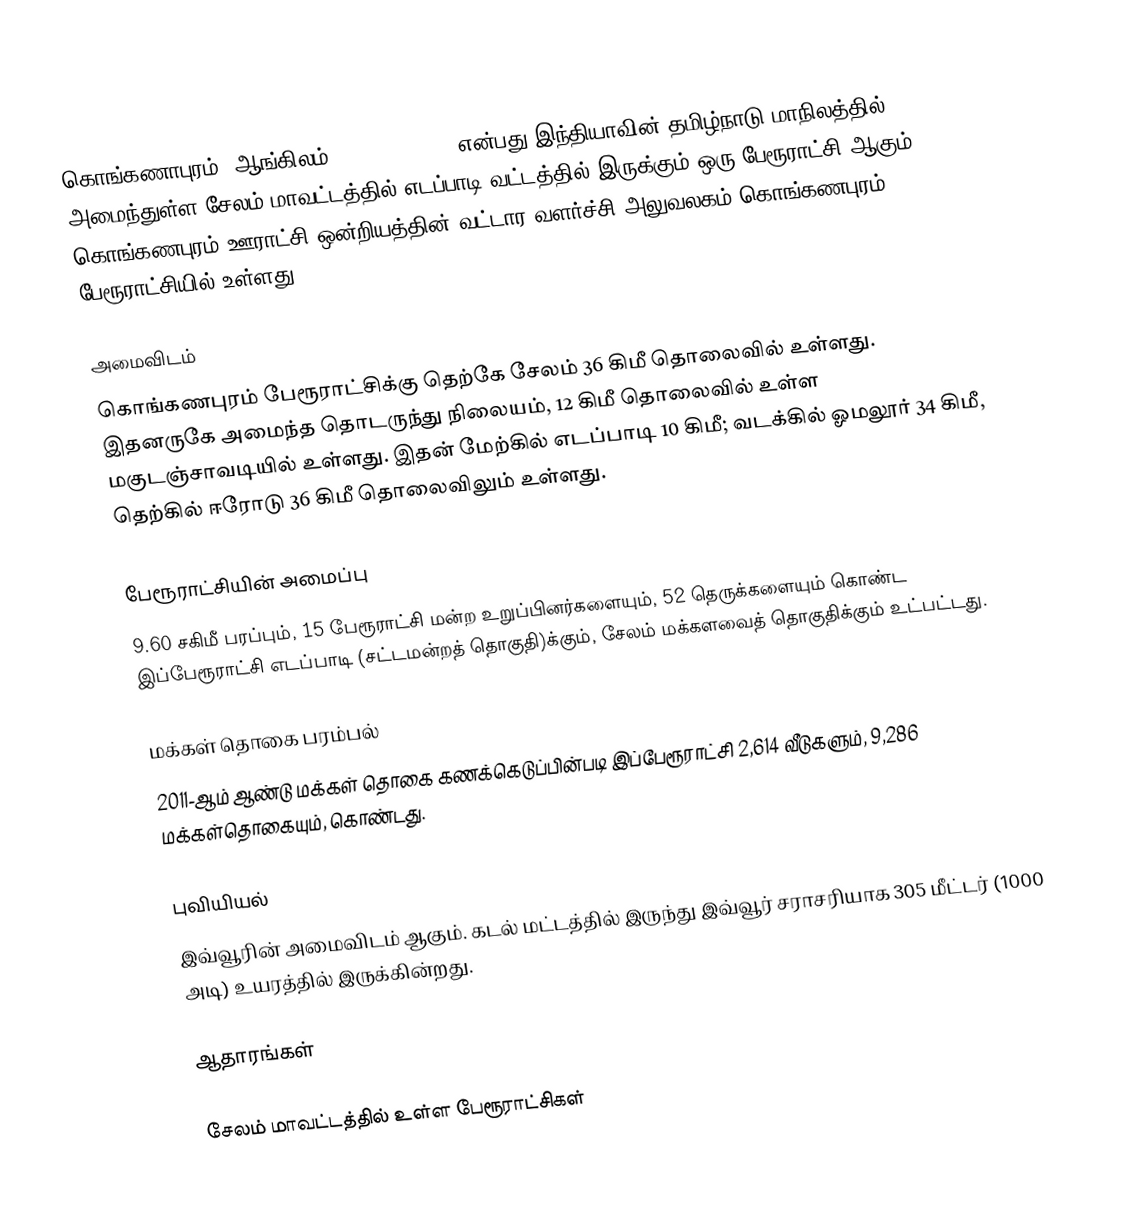
கொங்கணாபுரம்  (ஆங்கிலம்:Konganapuram), என்பது இந்தியாவின் தமிழ்நாடு மாநிலத்தில் அமைந்துள்ள சேலம் மாவட்டத்தில் எடப்பாடி வட்டத்தில் இருக்கும் ஒரு பேரூராட்சி ஆகும். கொங்கணபுரம் ஊராட்சி ஒன்றியத்தின் வட்டார வளர்ச்சி அலுவலகம் கொங்கணபுரம் பேரூராட்சியில் உள்ளது.

அமைவிடம்
கொங்கணபுரம் பேரூராட்சிக்கு தெற்கே சேலம் 36 கிமீ தொலைவில் உள்ளது. இதனருகே அமைந்த தொடருந்து நிலையம், 12 கிமீ தொலைவில் உள்ள  மகுடஞ்சாவடியில் உள்ளது. இதன் மேற்கில் எடப்பாடி 10 கிமீ; வடக்கில் ஓமலூர் 34 கிமீ, தெற்கில் ஈரோடு 36 கிமீ தொலைவிலும் உள்ளது.

பேரூராட்சியின் அமைப்பு
9.60 சகிமீ பரப்பும்,  15  பேரூராட்சி மன்ற உறுப்பினர்களையும், 52 தெருக்களையும்  கொண்ட இப்பேரூராட்சி எடப்பாடி (சட்டமன்றத் தொகுதி)க்கும், சேலம் மக்களவைத் தொகுதிக்கும் உட்பட்டது.

மக்கள் தொகை பரம்பல்
2011-ஆம் ஆண்டு மக்கள் தொகை கணக்கெடுப்பின்படி  இப்பேரூராட்சி 2,614  வீடுகளும், 9,286 மக்கள்தொகையும், கொண்டது.

புவியியல்
இவ்வூரின் அமைவிடம்  ஆகும். கடல் மட்டத்தில் இருந்து இவ்வூர் சராசரியாக 305 மீட்டர் (1000 அடி) உயரத்தில் இருக்கின்றது.

ஆதாரங்கள்

சேலம் மாவட்டத்தில் உள்ள பேரூராட்சிகள்